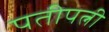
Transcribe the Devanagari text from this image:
पतीपत्नी